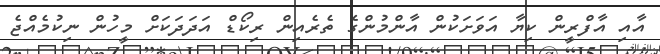
އާއި އާފްރީން ކިޔާ އަވަށަކުން އާންމުންގެ ތެރެއިން ރިކޯޑް އަދަދަކަށް މީހުން ނިކުމެއްޖެ